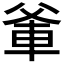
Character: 𭶼